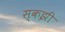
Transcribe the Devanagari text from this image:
स्कझी